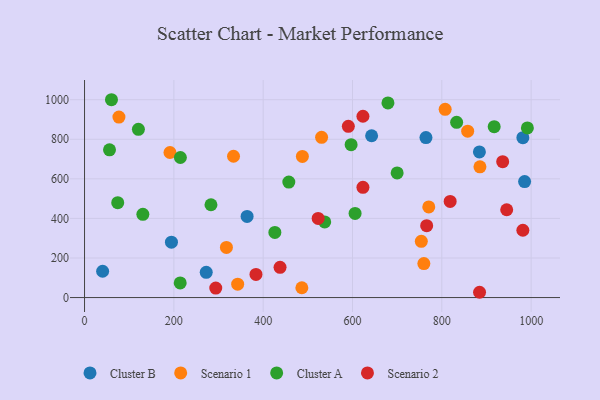
{"axis": {"x": "Engine Size", "y": "Demand"}, "legend": ["Cluster A", "Cluster B", "Scenario 1", "Scenario 2"], "data": [{"x": "981.5", "y": 807.9, "type": "Cluster B"}, {"x": "40.5", "y": 133.0, "type": "Cluster B"}, {"x": "985.4", "y": 586.0, "type": "Cluster B"}, {"x": "884.2", "y": 736.3, "type": "Cluster B"}, {"x": "272.5", "y": 127.6, "type": "Cluster B"}, {"x": "364.0", "y": 410.2, "type": "Cluster B"}, {"x": "764.5", "y": 808.6, "type": "Cluster B"}, {"x": "642.8", "y": 817.8, "type": "Cluster B"}, {"x": "194.6", "y": 279.7, "type": "Cluster B"}, {"x": "754.1", "y": 284.3, "type": "Scenario 1"}, {"x": "885.4", "y": 661.0, "type": "Scenario 1"}, {"x": "487.8", "y": 713.5, "type": "Scenario 1"}, {"x": "333.6", "y": 714.3, "type": "Scenario 1"}, {"x": "857.9", "y": 840.7, "type": "Scenario 1"}, {"x": "317.7", "y": 253.3, "type": "Scenario 1"}, {"x": "807.5", "y": 951.6, "type": "Scenario 1"}, {"x": "342.9", "y": 67.8, "type": "Scenario 1"}, {"x": "770.8", "y": 458.3, "type": "Scenario 1"}, {"x": "759.8", "y": 171.8, "type": "Scenario 1"}, {"x": "77.0", "y": 912.2, "type": "Scenario 1"}, {"x": "486.6", "y": 49.6, "type": "Scenario 1"}, {"x": "530.8", "y": 809.8, "type": "Scenario 1"}, {"x": "191.3", "y": 733.1, "type": "Scenario 1"}, {"x": "537.8", "y": 382.2, "type": "Cluster A"}, {"x": "214.2", "y": 73.8, "type": "Cluster A"}, {"x": "457.4", "y": 583.9, "type": "Cluster A"}, {"x": "214.6", "y": 708.0, "type": "Cluster A"}, {"x": "833.2", "y": 885.7, "type": "Cluster A"}, {"x": "130.6", "y": 420.7, "type": "Cluster A"}, {"x": "917.3", "y": 863.9, "type": "Cluster A"}, {"x": "55.9", "y": 746.8, "type": "Cluster A"}, {"x": "596.9", "y": 772.9, "type": "Cluster A"}, {"x": "991.6", "y": 857.3, "type": "Cluster A"}, {"x": "679.4", "y": 983.6, "type": "Cluster A"}, {"x": "74.3", "y": 479.5, "type": "Cluster A"}, {"x": "700.0", "y": 629.9, "type": "Cluster A"}, {"x": "605.8", "y": 425.4, "type": "Cluster A"}, {"x": "120.6", "y": 850.3, "type": "Cluster A"}, {"x": "426.2", "y": 329.0, "type": "Cluster A"}, {"x": "283.1", "y": 469.1, "type": "Cluster A"}, {"x": "60.3", "y": 999.9, "type": "Cluster A"}, {"x": "523.1", "y": 400.2, "type": "Scenario 2"}, {"x": "766.1", "y": 363.4, "type": "Scenario 2"}, {"x": "293.8", "y": 48.1, "type": "Scenario 2"}, {"x": "623.4", "y": 556.9, "type": "Scenario 2"}, {"x": "818.7", "y": 485.7, "type": "Scenario 2"}, {"x": "936.3", "y": 686.8, "type": "Scenario 2"}, {"x": "981.5", "y": 340.3, "type": "Scenario 2"}, {"x": "437.8", "y": 152.7, "type": "Scenario 2"}, {"x": "623.4", "y": 916.5, "type": "Scenario 2"}, {"x": "590.7", "y": 865.3, "type": "Scenario 2"}, {"x": "383.9", "y": 116.7, "type": "Scenario 2"}, {"x": "945.3", "y": 443.8, "type": "Scenario 2"}, {"x": "884.5", "y": 26.7, "type": "Scenario 2"}]}